Leprosy in India: report of the Leprosy Commission in India, 1890-91
Year: 1890
Disease focus: Leprosy
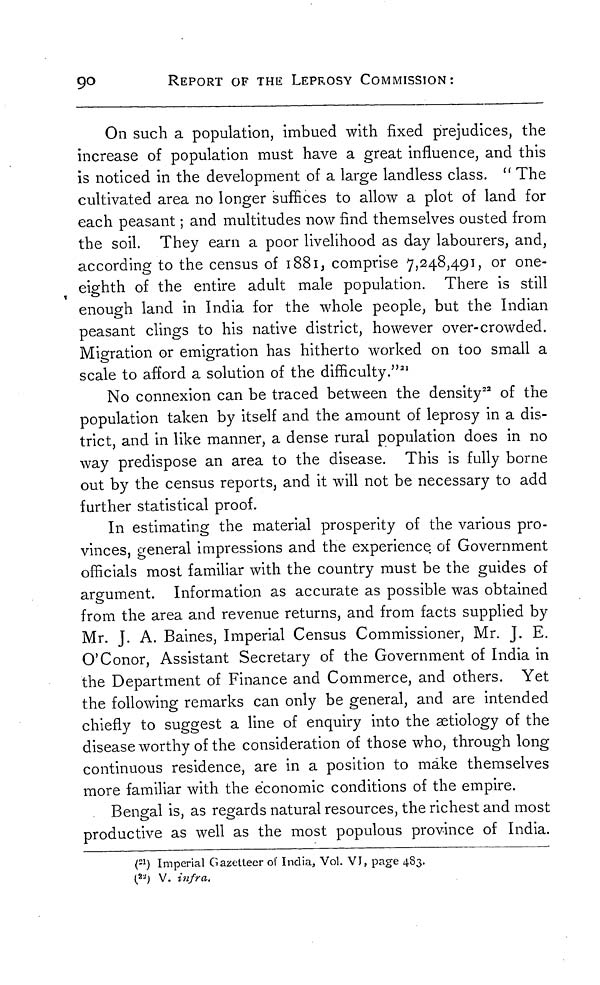
9°
REPORT OF THE LEPROSY COMMISSION:
On such a population, imbued with fixed prejudices, the
increase of population must have a great influence, and this
is noticed in the development of a large landless class. " The
cultivated area no longer suffices to allow a plot of land for
each peasant ; and multitudes now find themselves ousted from
the soil. They earn a poor livelihood as day labourers, and,
according to the census of 1881 , comprise 7, 248,491, or one-
eighth of the entire adult male population. There is still
enough land in India for the whole people, but the Indian
peasant clings to his native district, however over-crowded.
Migration or emigration has hitherto worked on too small a
scale to afford a solution of the difficulty." 21
No connexion can be traced between the density 22 of the
population taken by itself and the amount of leprosy in a dis-
trict, and in like manner, a dense rural population does in no
way predispose an area to the disease. This is fully borne
out by the census reports, and it will not be necessary to add
further statistical proof.
In estimating the material prosperity of the various pro-
vinces, general impressions and the experience of Government
officials most familiar with the country must be the guides of
argument. Information as accurate as possible was obtained
from the area and revenue returns, and from facts supplied by
Mr. J. A. Baines, Imperial Census Commissioner, Mr. J. E.
O'Conor, Assistant Secretary of the Government of India in
the Department of Finance and Commerce, and others. Yet
the following remarks can only be general, and are intended
chiefly to suggest a line of enquiry into the aetiology of the
disease worthy of the consideration of those who, through long
continuous residence, are in a position to make themselves
more familiar with the economic conditions of the empire.
Bengal is, as regards natural resources, the richest and most
productive as well as the most populous province of India.
( 21 ) Imperial Gazetteer of India, Vol. VJ, page 483.
( 22) V. infra.